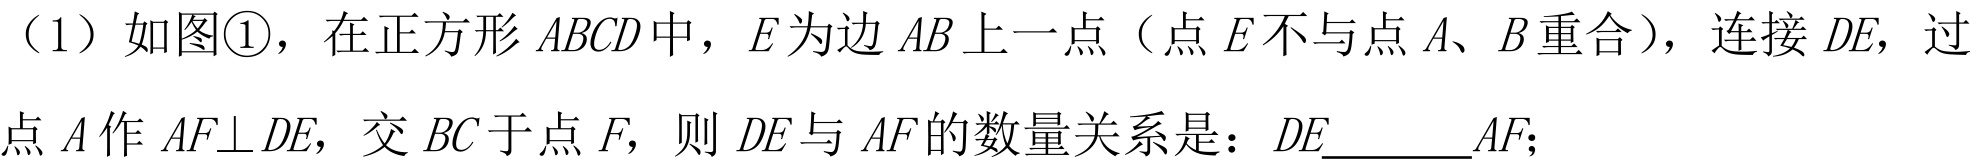
（1）如图\textcircled{1}，在正方形\(ABCD\)中，\(E\)为边\(AB\)上一点（点\(E\)不与点\(A、B\)重合），连接\(DE\)，过点\(A\)作\(AF\perp DE\)，交\(BC\)于点\(F\)，则\(DE\)与\(AF\)的数量关系是：\(DE\underline{\quad\quad}AF\)；